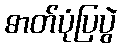
ဓာတ်ပုံပြပွဲ